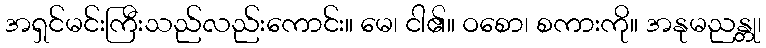
အရှင်မင်းကြီးသည်လည်းကောင်း။ မေ၊ ငါ၏။ ဝစော၊ စကားကို။ အနုမညန္တု၊